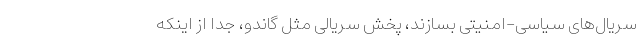
سریال‌های سیاسی-امنیتی بسازند، پخش سریالی مثل گاندو، جدا از اینکه